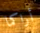
أراكما